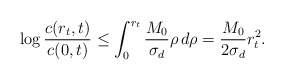
\begin{align*}\log \frac{c(r_{t},t)}{c(0,t)} \le \int_{0}^{r_{t}}\frac{M_{0}}{\sigma_{d}}\rho \,d\rho=\frac{M_{0}}{2\sigma_{d}}r_{t}^{2}.\end{align*}